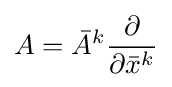
A={\bar {A}}^{k}{\frac {\partial }{\partial {\bar {x}}^{k}}}